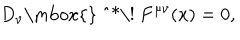
LaTeX: D _ { \nu } \mathrm { \mathrm { } ~ ^ { * } \! ~ } F ^ { \mu \nu } ( x ) = 0 ,